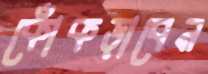
কোঁকড়াবেন